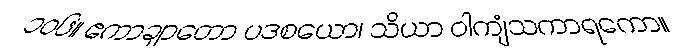
၁၀၆။ ဧကာချာတော ပဒစယော၊ သိယာ ဝါကျံသကာရကော။